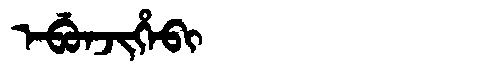
Manchu: ᡝᠪᡠᠨᠵᡳᡥᡝᠪᡳ
Romanization: EBUNJIHEBI